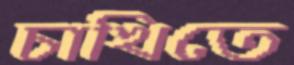
চাখিতে